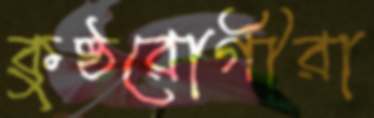
কুষ্ঠরোগীরা